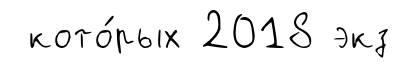
кото́рых 2018 экз